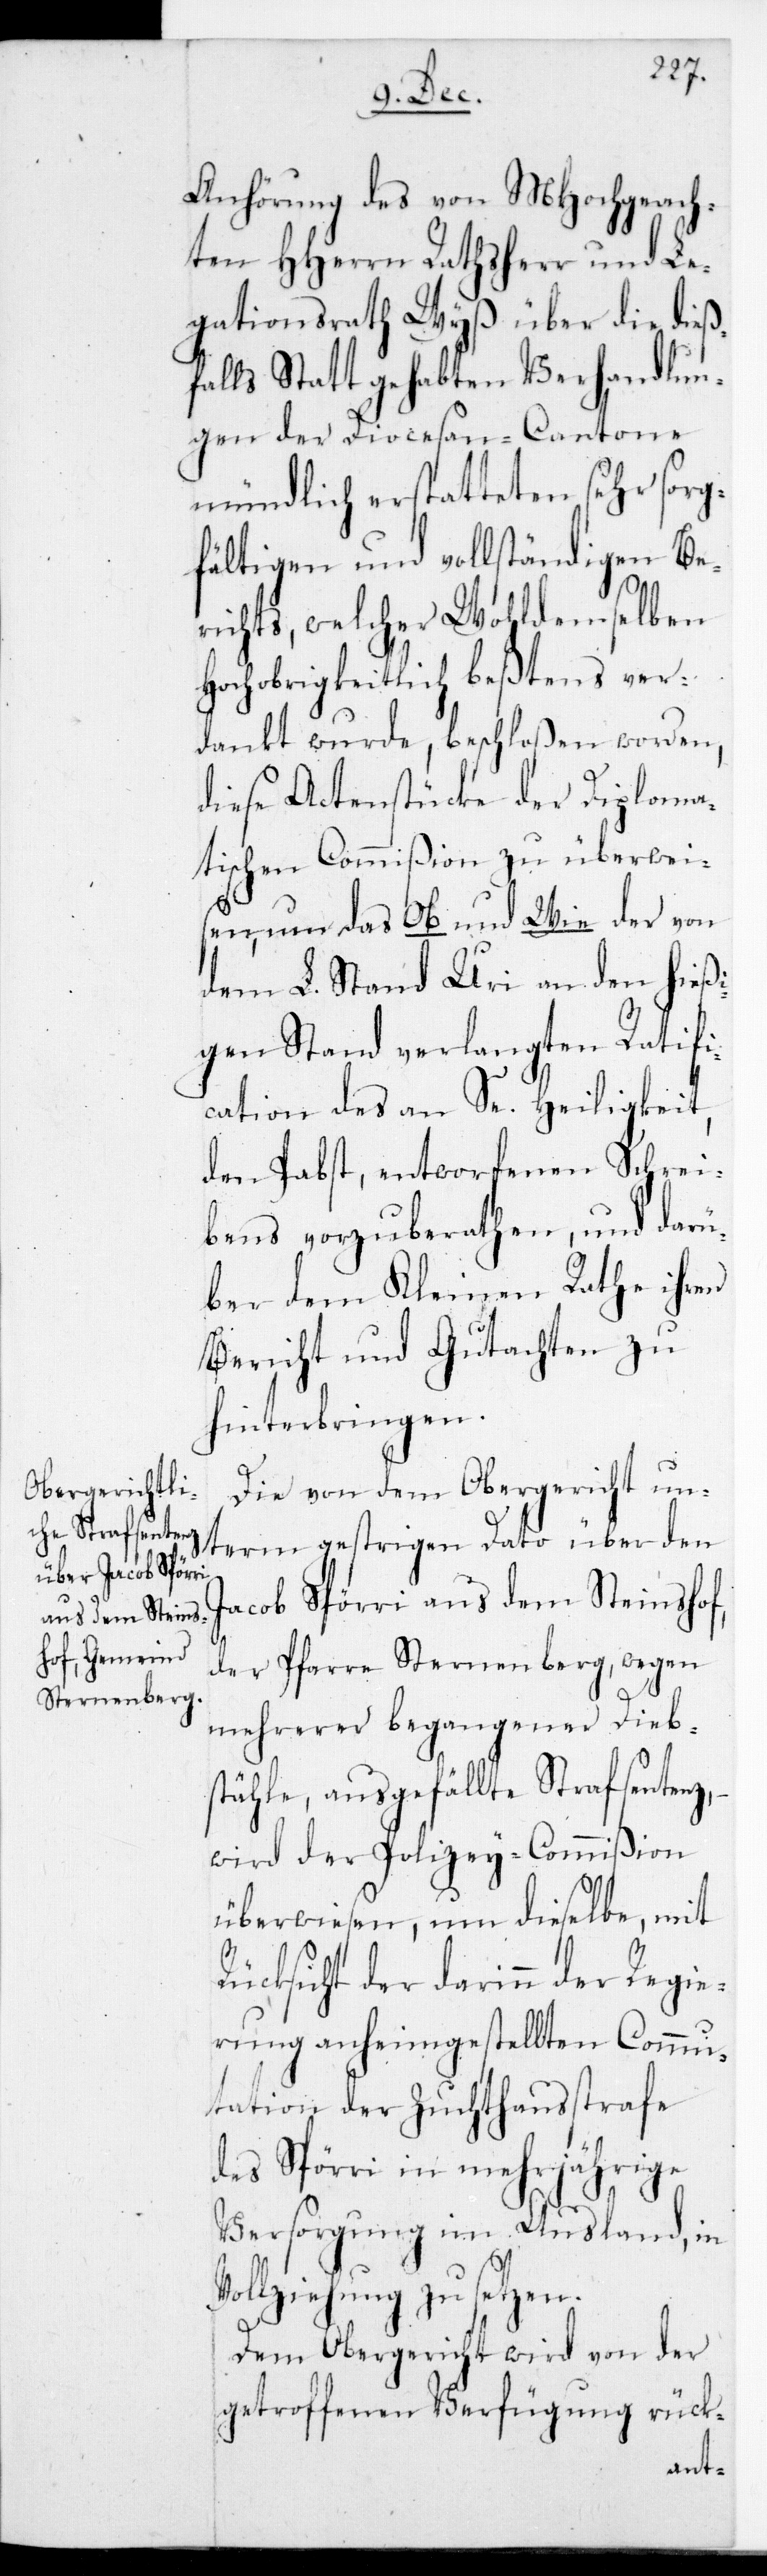
und Le¬
Anhörung des von MHochgeach¬
gationsrath Wyß über die dieß¬
falls stattgehabten Verhandlun¬
gen der Diocesan-Cantone
mündlich erstatteten sehr sorg¬
fältigen und vollständigen Be¬
richts, welcher wohldemselben
Hochobrigkeitlich bestens ver¬
dankt wurde, beschloßen worden,
diese Actenstücke der diploma¬
tischen Commißion zu überweis¬
en, um das Ob und Wie der von
dem L. Stand Uri an den hieß¬
igen Stand verlangten Ratifi¬
cation des an Se. Heiligkeit
den Pabst entworfenen Schrei¬
bens vorzuberathen, und darü¬
ber dem Kleinen Rathe ihren
Bericht und Gutachten zu
hinterbringen.
Die von dem Obergericht un¬
term gestrigen Dato über den
Jacob Spörri aus dem Steinshof,
der Pfarre Sternenberg, wegen
mehrerer begangener Dieb¬
stähle ausgefällte Strafsentenz,
wird der Polizey-Commißion
überwiesen, um dieselbe mit
Rücksicht der darin der Regie¬
rung anheimgestellten Commu¬
tation der Zuchthausstrafe
des Spörri in mehrjährige
Versorgung im Ausland, in
Vollziehung zu setzen.
Dem Obergericht wird von der
getroffenen Verfügung rück-
ten